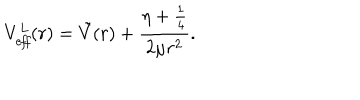
V _ { \it e f f } ^ { L } ( r ) = \tilde { V } ( r ) + \frac { \eta + \frac { 1 } { 4 } } { 2 \mu r ^ { 2 } } .